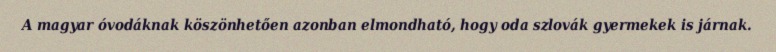
A magyar óvodáknak köszönhetően azonban elmondható, hogy oda szlovák gyermekek is járnak.